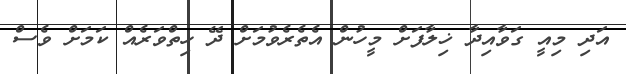
އަދި މިއީ ގަވާއިދާ ޚިލާފަށް މީހުން އެތެރެވުމަށް ދޭ ހިތްވަރެއް ކަމަށް ވެސް